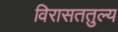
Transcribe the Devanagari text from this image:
विरासततुल्य